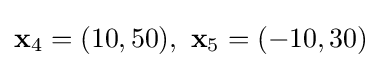
\mathbf {x} _{4}=(10,50),\ \mathbf {x} _{5}=(-10,30)